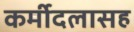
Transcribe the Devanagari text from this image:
कर्मीदलासह